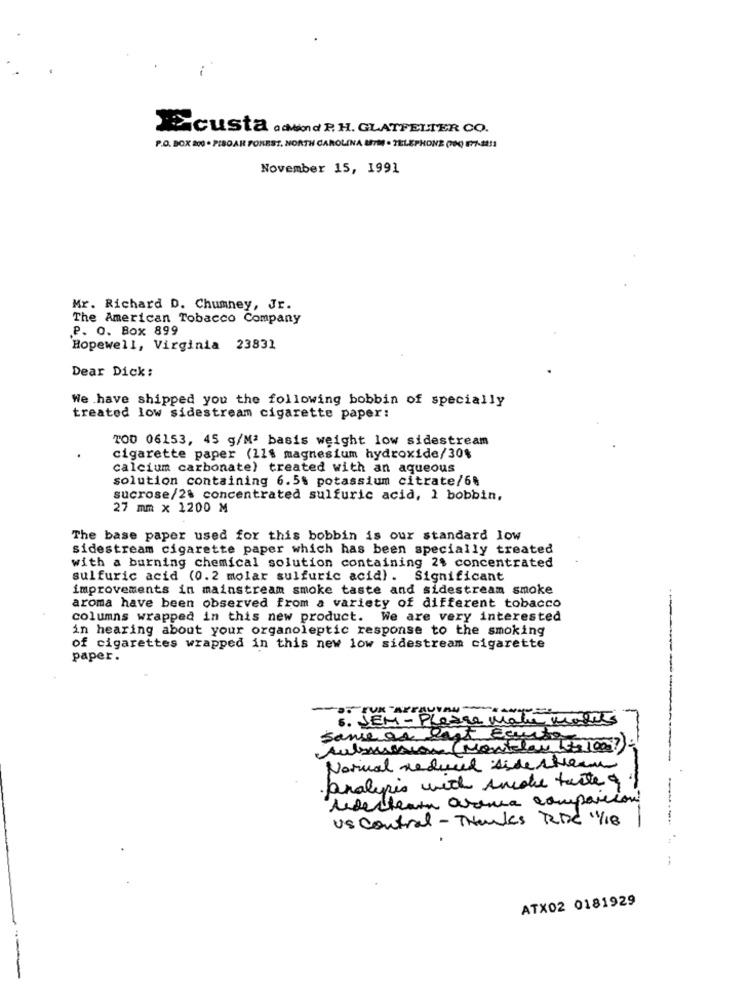
Hacusta .Mon d P. H. GLATFELTER CO.
P.O. BOX 200 * PIBOAR FOREST, NORTH CAROLINA UITM . TELEPHONE (00) 877-2011
November 15, 1991
Mr. Richard D. Chumney, Jr.
The American Tobacco Company
P. O. Box 899
Hopewell, Virginia 23831
Dear Dick:
We have shipped you the following bobbin of specially
treated low sidestream cigarette paper:
TOD 06153, 45 g/Mª basis weight low sidestream
cigarette paper (11% magnesium hydroxide/30%
calcium carbonate) treated with an aqueous
solution containing 6.5% potassium citrate/6%
sucrose/24 concentrated sulfuric acid, 1 bobbin,
27 mm × 1200 M
The base paper used for this bobbin is our standard low
sidestream cigarette paper which has been specially treated
with a burning chemical solution containing 2$ concentrated
sulfuric acid (0.2 molar sulfuric acid). Significant
improvements in mainstream smoke taste and sidestream smoke
aroma have been observed from a variety of different tobacco
columns wrapped in this new product. We are very interested
in hearing about your organoleptic response to the smoking
of cigarettes wrapped in this new low sidestream cigarette
paper.
5. JEM - Please make morets
Sanear east Baurto
Submision (Montelan Los 1000)
Narual reduced side stream
analysis with smoke tarte&
ledecteamn arena compassion
Us control - Thanks RDC 1/18
ATX02 0181929